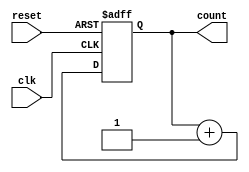
module synchronous_up_counter(
    input wire clk,
    input wire reset,
    output reg [3:0] count
);

initial begin
    count <= 4'b0;
end

always @(posedge clk or posedge reset) begin
    if (reset) begin
        count <= 4'b0;
    end else begin
        count <= count + 4'b1;
    end
end

endmodule